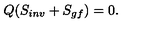
Q ( S _ { i n v } + S _ { g f } ) = 0 .